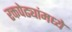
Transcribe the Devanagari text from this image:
रक्तपेढ्यांमध्ये